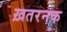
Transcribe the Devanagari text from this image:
ख़तरनक